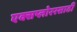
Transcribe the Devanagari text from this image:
एक्सप्लोररसाठी